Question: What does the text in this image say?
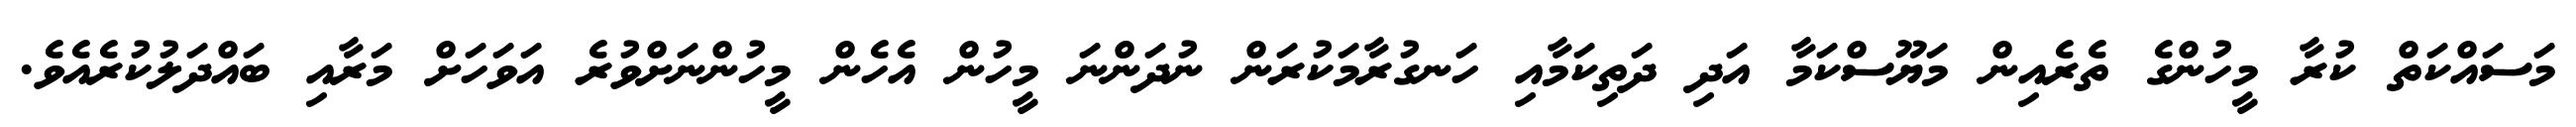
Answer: މަސައްކަތް ކުރާ މީހުންގެ ތެރެއިން މަޔޫސްކަމާ އަދި ދަތިކަމާއި ހަނގުރާމަކުރަން ނުދަންނަ މީހުން އެހެން މީހުންނަށްވުރެ އަވަހަށް މަރާއި ބައްދަލުކުރެއެވެ.